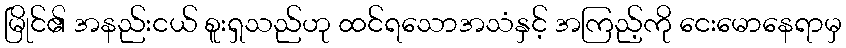
မြိုင်၏ အနည်းငယ် စူးရှသည်ဟု ထင်ရသောအသံနှင့် အကြည့်ကို ငေးမောနေရာမှ